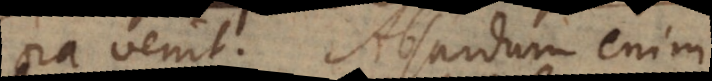
ora venit. Absurdum enim